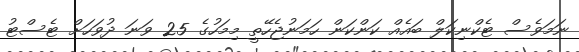
ނަމަވެސް ޓެކްނިކަލް ބައެއް ކަންކަން ހަމަނުޖެހޭތީ މިމަހުގެ 25 ވަނަ ދުވަހަށް ޓެސްޓު